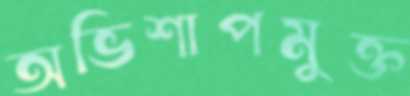
অভিশাপমুক্ত